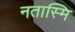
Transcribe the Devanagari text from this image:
नतास्मि